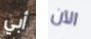
أبي الآن